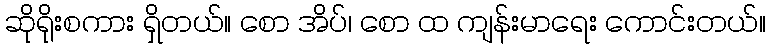
ဆိုရိုးစကား ရှိတယ်။ စော အိပ်၊ စော ထ ကျန်းမာရေး ကောင်းတယ်။